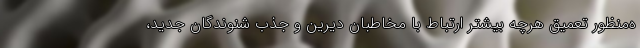
ه‌منظور تعمیق هرچه بیشتر ارتباط با مخاطبان دیرین و جذب شنوندگان جدید،